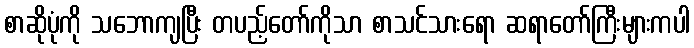
စာဆိုပုံကို သဘောကျပြီး တပည့်တော်ကိုသာ စာသင်သားရော ဆရာတော်ကြီးများကပါ